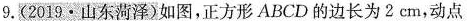
9.(2019·山东菏泽)如图，正方形ABCD的边长为2cm，动点